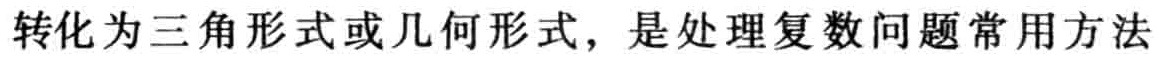
转化为三角形式或几何形式，是处理复数问题常用方法